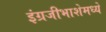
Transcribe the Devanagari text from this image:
इंग्रजीभाशेमध्ये